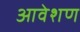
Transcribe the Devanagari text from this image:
आवेशण